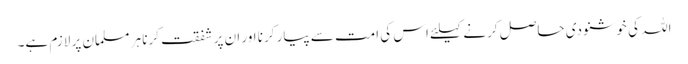
اللہ کی خوشنودی حاصل کرنے کیلئے اس کی امت سے پیار کرنا اور ان پر شفقت کرنا ہر مسلمان پر لازم ہے۔